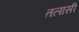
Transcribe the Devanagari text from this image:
तलासी